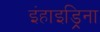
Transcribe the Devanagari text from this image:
इंहाइड्रिना